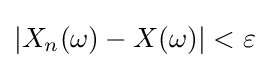
\left|X_{n}(\omega )-X(\omega )\right|<\varepsilon